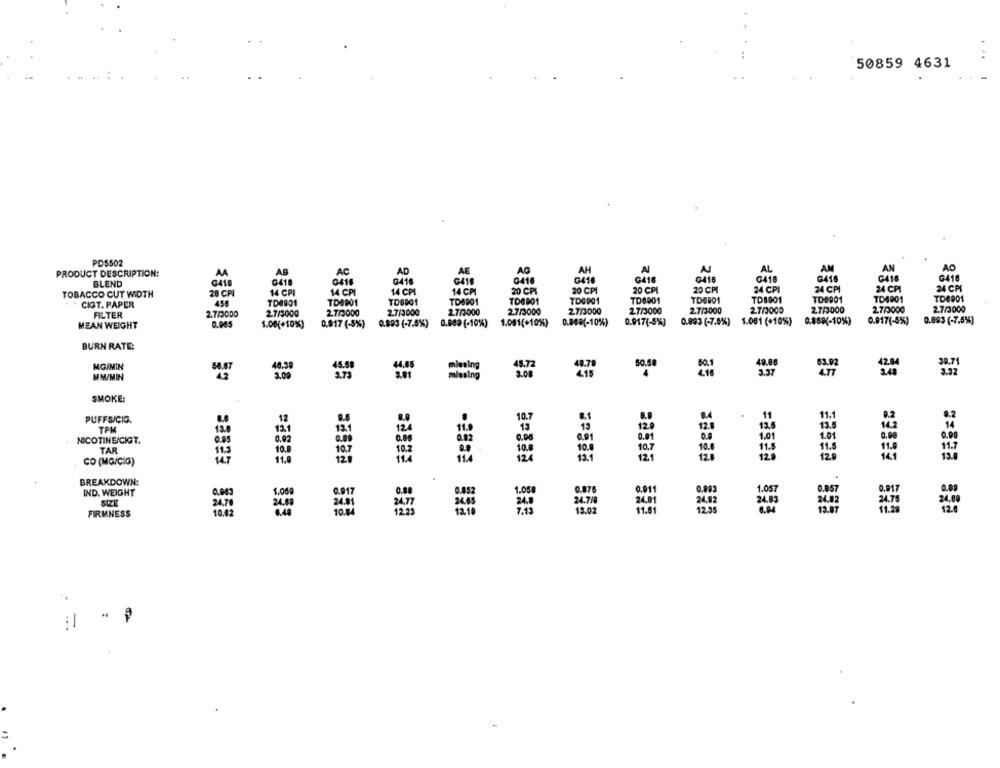
50859 4631
POS502
AB
AD
AF
AG
AH
N
AL
AM
AN
PRODUCT DESCRIPTION:
AA
AC
G416
G415
G416
BLEND
G418
0416
G416
0416
G416
0416
G416
G418
G416
G418
28 CPI
14 CPI
14 CPI
14 CPI
14 CPI
20 CPI
20 CPI
20 CPI
20 CM
24 CPI
24 CPI
24 CPI
24 CPI
TOBACCO CUT WIDTH
TDBB01
TD0001
TO8901
TD6801
TD8901
TO0901
TD4901
TD8901
CIGT. PAPER
458
TD0901
TD6001
TD8901
270000
2.7/3000
FILTER
2.7/2000
2.7/3000
2.7/3000
2.7/3000
2.7/3000
2.7/3000
27/3000
27/3000
2.7/3000
2.7/3000
2.7/3000
1.081(+10%)
0.849(-10%)
0.917(-5%)
0.893 (-7.5%)
1.061 (+10%)
0.869(-10%)
0.917(-5%)
0.893 (-7.5%]
MEAN WEIGHT
0.965
1.08(+10%)
0,917 (-5%)
0.893 (-7.5%%)
0.889 (-10%)
BURN RATE:
MG/MIN
48.59
50.58
40.00
MM/MIN
2.00
4,85
495
SMOKE:
GER. CESBE
PUFFS/CIG.
12
9.5
TPM
121
13.1
110
0.02
0.91
0.01
0.9
1.01
1.01
0.00
NICOTINE/CIGT.
0.85
TAR
10.8
10.2
100
10.8
10.7
10.6
11.5
11.5
CO (MG/CIG)
11.8
13.1
12.1
12.
120
120
BREAKDOWN:
IND. WEIGHT
1.000
SIZE
FIRMNESS